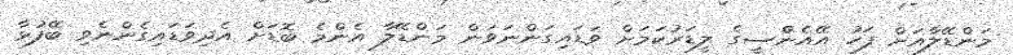
މަންޑޭލާއަށް ފަހު އޭއެންްސީގެ ލީޑަރުކަމަށް ވަޑައިގަންނަވަން މަންޑޭލާ އެންމެ ބޮޑަށް އެދިވަޑައިގެންނެވި ބޭފުޅާ